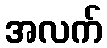
အလက်